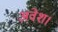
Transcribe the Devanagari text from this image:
अवेश।